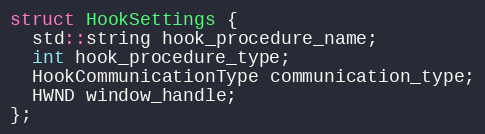
Language: C
struct HookSettings {
  std::string hook_procedure_name;
  int hook_procedure_type;
  HookCommunicationType communication_type;
  HWND window_handle;
};